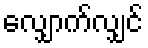
လျှောက်လျှင်